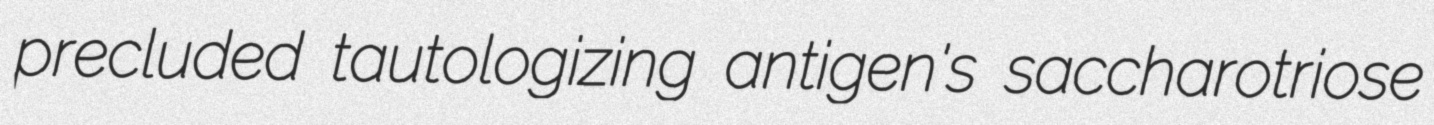
precluded tautologizing antigen's saccharotriose